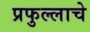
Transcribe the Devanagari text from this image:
प्रफुल्लाचे